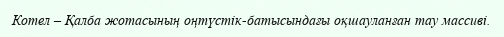
Котел – Қалба жотасының оңтүстік-батысындағы оқшауланған тау массиві.